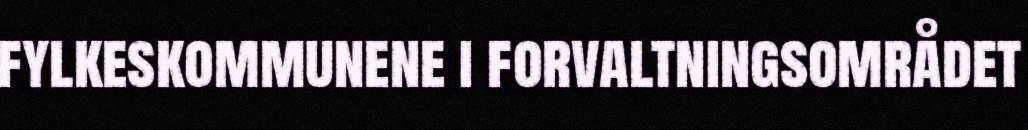
fylkeskommunene i forvaltningsområdet